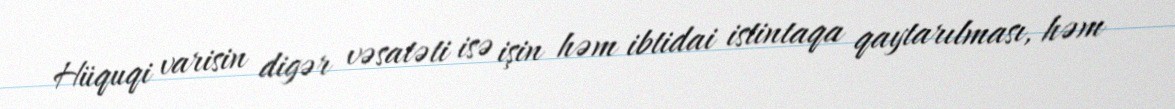
Hüquqi varisin digər vəsatəti isə işin həm ibtidai istintaqa qaytarılması, həm